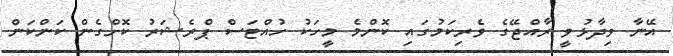
އޭނާ ވިދާޅުވީ ރާއްޖޭގެ ވެރިކަމުގައި ކޮންމެ މީހަކު ހުއްޓަސް ޕްރެޝަރު ކޮށްގެން ކަންކަން